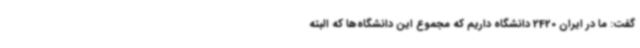
گفت: ما در ایران 2420 دانشگاه داریم که مجموع این دانشگاه‌ها که البته